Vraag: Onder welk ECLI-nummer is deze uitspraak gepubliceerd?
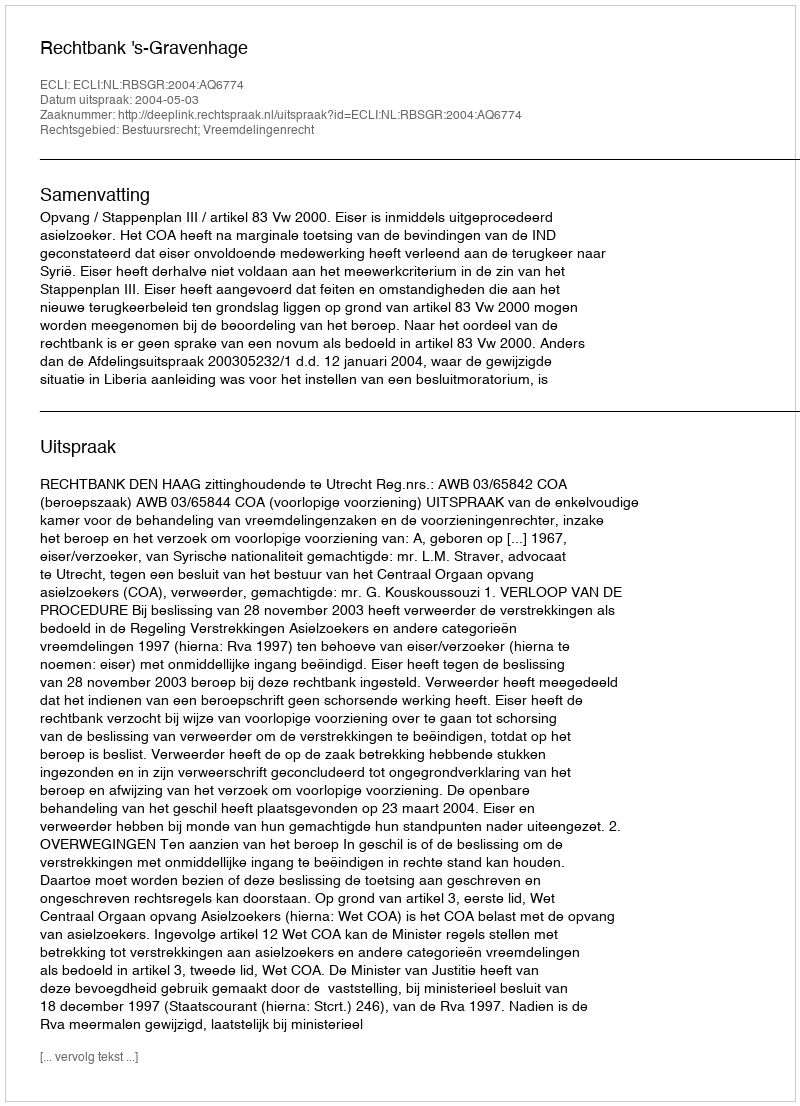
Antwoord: ECLI:NL:RBSGR:2004:AQ6774